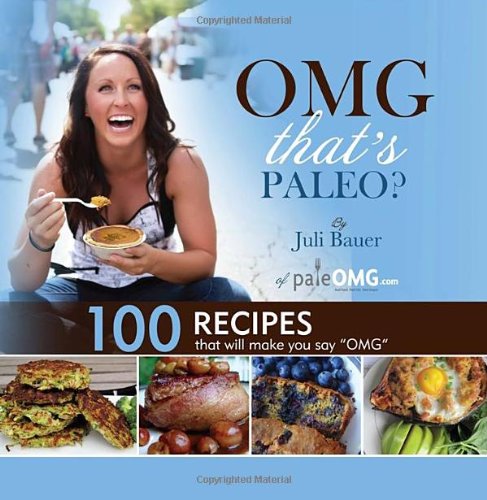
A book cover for OMG. That's Paleo?; Juli Bauer; Cookbooks, Food & Wine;